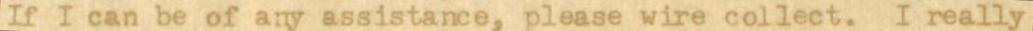
If I can be of any assistance, please wire collect. I really